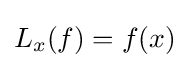
L_{x}(f)=f(x)